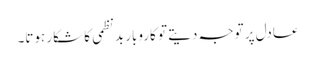
عادل پر توجہ دیتے تو کاروبار بدنظمی کا شکار ہوتا۔